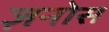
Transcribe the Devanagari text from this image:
ज़नोस